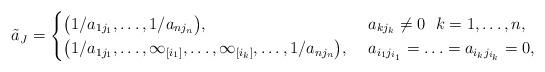
LaTeX: \begin{align*}\tilde a_J=\begin{cases}\bigl(1/a_{1j_{1}},\ldots, 1/a_{nj_{n}}\bigr), & \ a_{kj_{k}}\neq 0\ \ k=1,\ldots, n, \\\bigl(1/a_{1j_{1}},\ldots,\infty_{[i_1]}, \ldots,\infty_{[i_k]}, \ldots, 1/a_{nj_{n}}\bigr), & \ a_{i_1{j_{i_1}}}=\ldots =a_{i_k{j_{i_k}}}=0,\end{cases}\end{align*}